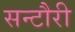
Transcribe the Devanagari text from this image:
सन्टौरी